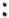
: